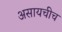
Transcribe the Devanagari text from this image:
असायचीच